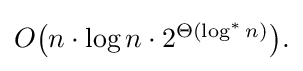
{\textstyle O{\bigl (}n\cdot \log n\cdot 2^{\Theta (\log ^{*}n)}{\bigr )}.}